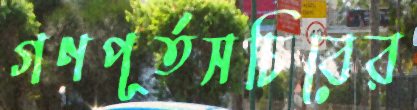
গণপূর্তসচিবের